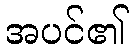
အပင်၏